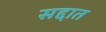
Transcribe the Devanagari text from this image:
सद्दात